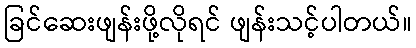
ခြင်ဆေးဖျန်းဖို့လိုရင် ဖျန်းသင့်ပါတယ်။